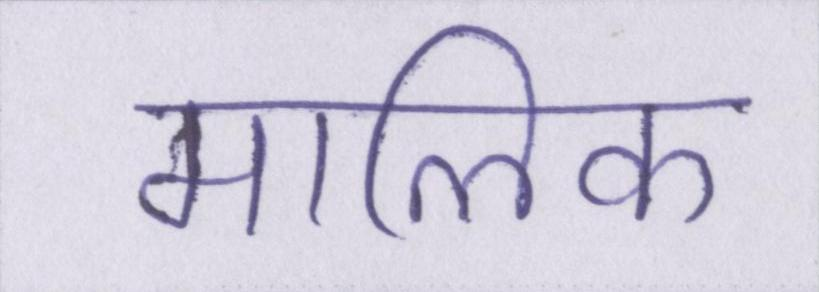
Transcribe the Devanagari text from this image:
मालिक